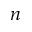
\boldsymbol { n }